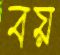
বয়